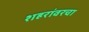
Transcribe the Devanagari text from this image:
शहरांवरचा